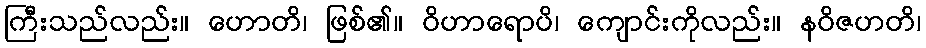
ကြီးသည်လည်း။ ဟောတိ၊ ဖြစ်၏။ ဝိဟာရောပိ၊ ကျောင်းကိုလည်း။ နဝိဇဟတိ၊